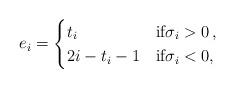
LaTeX: \begin{align*}e_{i}=\begin{cases}t_{i} & \mbox{if} \sigma_{i}>0\,,\\2i-t_{i}-1 & \mbox{if} \sigma_{i}<0,\end{cases}\end{align*}